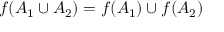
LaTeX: f ( A _ { 1 } \cup A _ { 2 } ) = f ( A _ { 1 } ) \cup f ( A _ { 2 } )